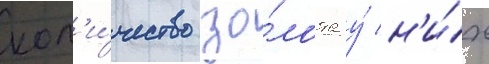
кол'и́чество зо́лота у́ н'и́х